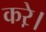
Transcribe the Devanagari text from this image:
करे़।